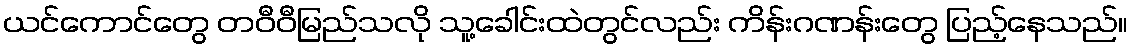
ယင်ကောင်တွေ တဝီဝီမြည်သလို သူ့ခေါင်းထဲတွင်လည်း ကိန်းဂဏန်းတွေ ပြည့်နေသည်။